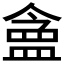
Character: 𬐪